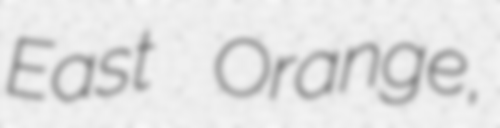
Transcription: East Orange,